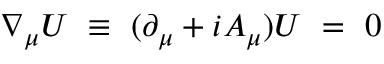
\nabla _ { \mu } U ~ \equiv ~ ( \partial _ { \mu } + i A _ { \mu } ) U ~ = ~ 0